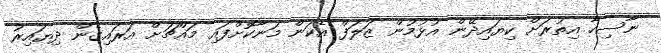
ނާސިހާ އިތުރަށް ކިޔައިދޭން އުޅުމުން ޒަލަފް އެކަން މަނާކޮށްފައި މައްޗަށް އަރައިގެން ދިޔައިރު